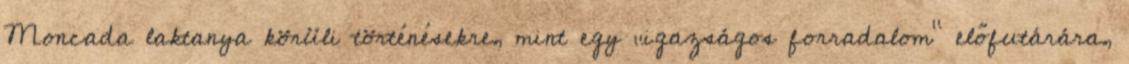
Moncada laktanya körüli történésekre, mint egy „igazságos forradalom” előfutárára,